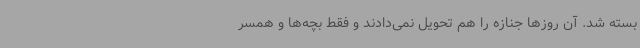
بسته شد. آن روزها جنازه را هم تحویل نمی‌دادند و فقط بچه‌ها و همسر